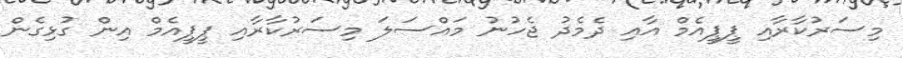
މިސަރުކާރާއި ޕީޕީއެމް އާއި ދެމެދު ޖެހުނު މައްސަލަ މިސަރުކާރާއި ޕީޕީއެމް އިން ގުޅިގެން